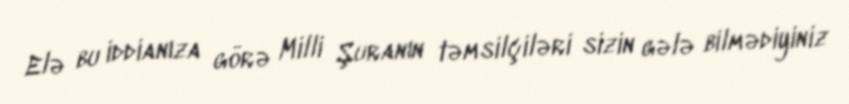
Elə bu iddianıza görə Milli Şuranın təmsilçiləri sizin gələ bilmədiyiniz